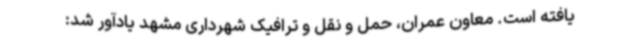
یافته است. معاون عمران، حمل و نقل و ترافیک شهرداری مشهد یادآور شد: